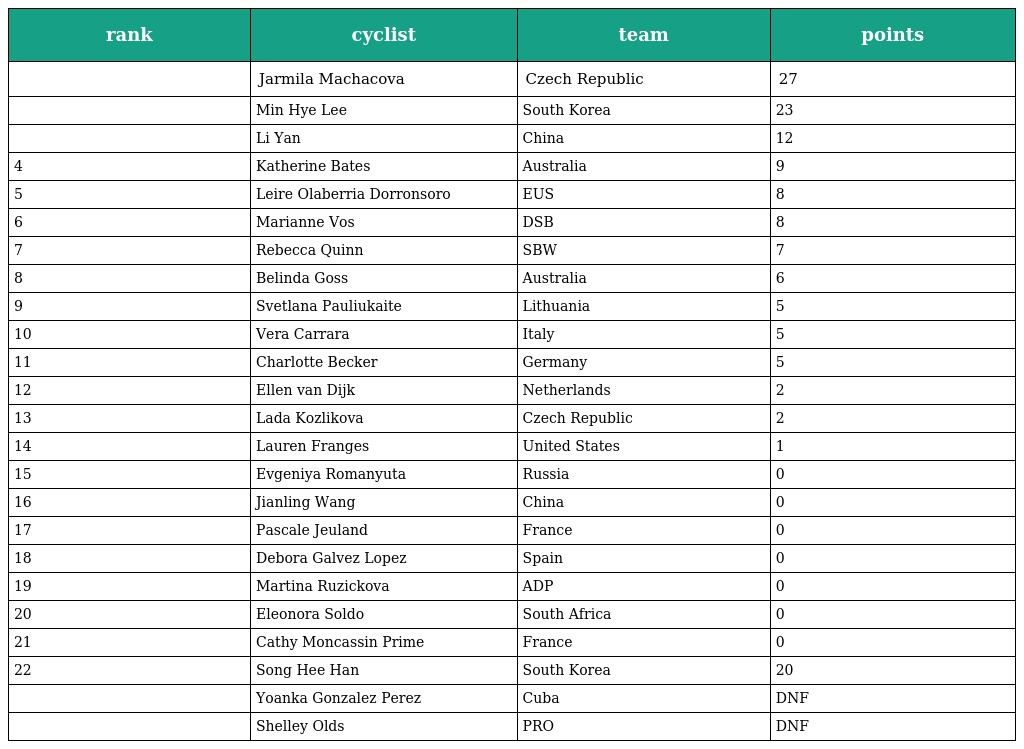
| rank | cyclist | team | points |
 | --- | --- | --- | --- |
 |  | Jarmila Machacova | Czech Republic | 27 |
 |  | Min Hye Lee | South Korea | 23 |
 |  | Li Yan | China | 12 |
 | 4 | Katherine Bates | Australia | 9 |
 | 5 | Leire Olaberria Dorronsoro | EUS | 8 |
 | 6 | Marianne Vos | DSB | 8 |
 | 7 | Rebecca Quinn | SBW | 7 |
 | 8 | Belinda Goss | Australia | 6 |
 | 9 | Svetlana Pauliukaite | Lithuania | 5 |
 | 10 | Vera Carrara | Italy | 5 |
 | 11 | Charlotte Becker | Germany | 5 |
 | 12 | Ellen van Dijk | Netherlands | 2 |
 | 13 | Lada Kozlikova | Czech Republic | 2 |
 | 14 | Lauren Franges | United States | 1 |
 | 15 | Evgeniya Romanyuta | Russia | 0 |
 | 16 | Jianling Wang | China | 0 |
 | 17 | Pascale Jeuland | France | 0 |
 | 18 | Debora Galvez Lopez | Spain | 0 |
 | 19 | Martina Ruzickova | ADP | 0 |
 | 20 | Eleonora Soldo | South Africa | 0 |
 | 21 | Cathy Moncassin Prime | France | 0 |
 | 22 | Song Hee Han | South Korea | ­20 |
 |  | Yoanka Gonzalez Perez | Cuba | DNF |
 |  | Shelley Olds | PRO | DNF |